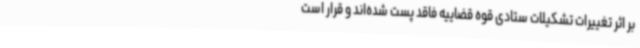
بر اثر تغییرات تشکیلات ستادی قوه قضاییه فاقد پست شده‌اند و قرار است